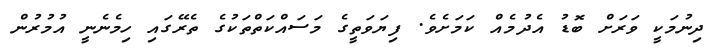
ދިނުމަކީ ވަރަށް ބޮޑު އެދުމެއް ކަމަށެވެ. ފިޔަވަތީގެ މަސައްކަތްތަކުގެ ތެރޭގައި ހިމެނެނީ އުމުރުން